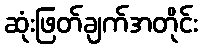
ဆုံးဖြတ်ချက်အတိုင်း